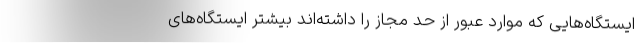
ایستگاه‌هایی که موارد عبور از حد مجاز را داشته‌اند بیشتر ایستگاه‌های